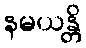
နမယန္တိ